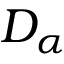
D _ { \alpha }